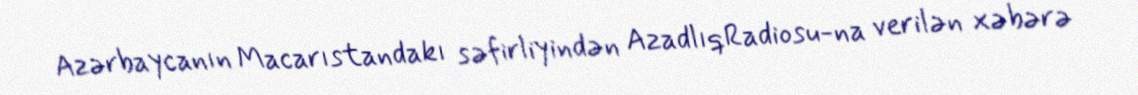
Azərbaycanın Macarıstandakı səfirliyindən AzadlıqRadiosu-na verilən xəbərə